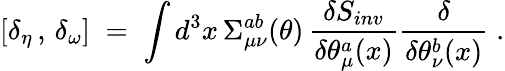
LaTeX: [\delta_{\eta}\, ,\, \delta_{\omega}]\; =\; \int d^{3}x\, \Sigma_{\mu\nu}^{ab}(\theta)\, \frac{\delta S_{inv}}{\delta\theta_{\mu}^{a}(x)}\frac{\delta}{\delta\theta_{\nu}^{b}(x)}\; .